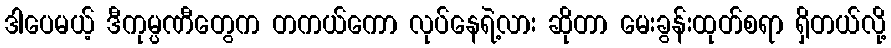
ဒါပေမယ့် ဒီကုမ္ပဏီတွေက တကယ်ကော လုပ်နေရဲ့လား ဆိုတာ မေးခွန်းထုတ်စရာ ရှိတယ်လို့